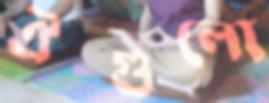
ঐগুলো